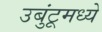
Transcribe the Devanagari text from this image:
उबुंटूमध्ये